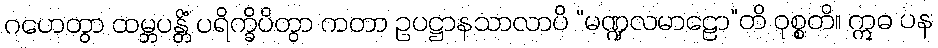
ဂဟေတွာ ထမ္ဘပန္တိံ ပရိက္ခိပိတွာ ကတာ ဥပဋ္ဌာနသာလာပိ “မဏ္ဍလမာဠော”တိ ဝုစ္စတိ။ ဣဓ ပန